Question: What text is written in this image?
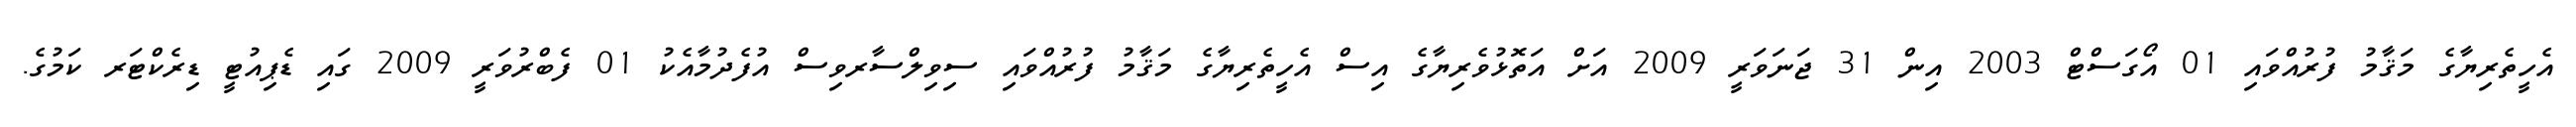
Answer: އެހީތެރިޔާގެ މަޤާމު ފުރުއްވައި 01 އޯގަސްޓް 2003 އިން 31 ޖަނަވަރީ 2009 އަށް އަތޮޅުވެރިޔާގެ އިސް އެހީތެރިޔާގެ މަޤާމު ފުރުއްވައި ސިވިލްސާރވިސް އުފެދުމާއެކު 01 ފެބްރުވަރީ 2009 ގައި ޑެޕިއުޓީ ޑިރެކްޓަރ ކަމުގެ.